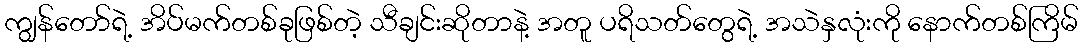
ကျွန်တော်ရဲ့ အိပ်မက်တစ်ခုဖြစ်တဲ့ သီချင်းဆိုတာနဲ့ အတူ ပရိသတ်တွေရဲ့ အသဲနှလုံးကို နောက်တစ်ကြိမ်